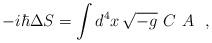
LaTeX: \begin{align*}- i\hbar\Delta S = \int d^4x\,\sqrt{-g}\,\, C\,\, A \,\,\,\, ,\end{align*}